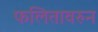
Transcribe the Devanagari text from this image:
फलितावरुन